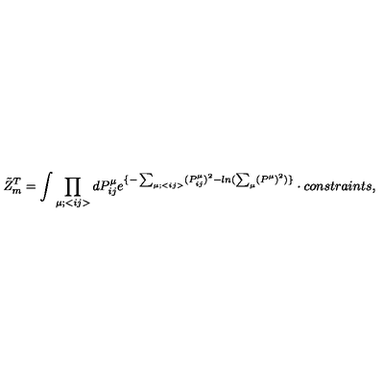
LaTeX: { \tilde { Z } } _ { m } ^ { T } = \int \prod _ { \mu ; < { i j } > } d P _ { i j } ^ { \mu } e ^ { \{ - \sum _ { \mu ; < { i j } > } ( P _ { i j } ^ { \mu } ) ^ { 2 } - l n ( \sum _ { \mu } ( P ^ { \mu } ) ^ { 2 } ) \} } \cdot { c o n s t r a i n t s } ,